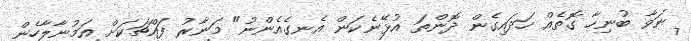
ނަވާ ބުނިހާ ގޮތެއް ހަދައިގެން ދޮންތަ އުޅޭނެކަން އެނގެއެންނު" މަނާރު ފައްޗަކަށް އަމުނާލާހެން